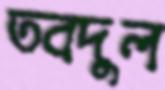
তবদুল